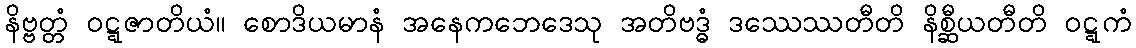
နိဗ္ဗတ္တံ ဝဋ္ဋဇာတိယံ။ စောဒိယမာနံ အနေကဘေဒေသု အတိဗဒ္ဓံ ဒဿေဿတီတိ နိစ္ဆီယတီတိ ဝဋ္ဋကံ